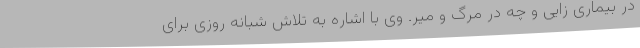
در بیماری زایی و چه در مرگ و میر. وی با اشاره به تلاش شبانه روزی برای